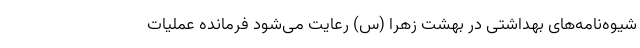
شیوه‌نامه‌های بهداشتی در بهشت زهرا (س) رعایت می‌شود فرمانده عملیات